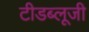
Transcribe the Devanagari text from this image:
टीडब्लूजी